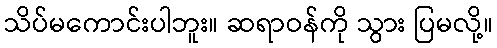
သိပ်မကောင်းပါဘူး။ ဆရာဝန်ကို သွား ပြမလို့။